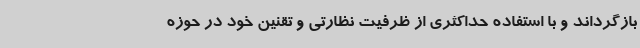
بازگرداند و با استفاده حداکثری از ظرفیت نظارتی و تقنین خود در حوزه